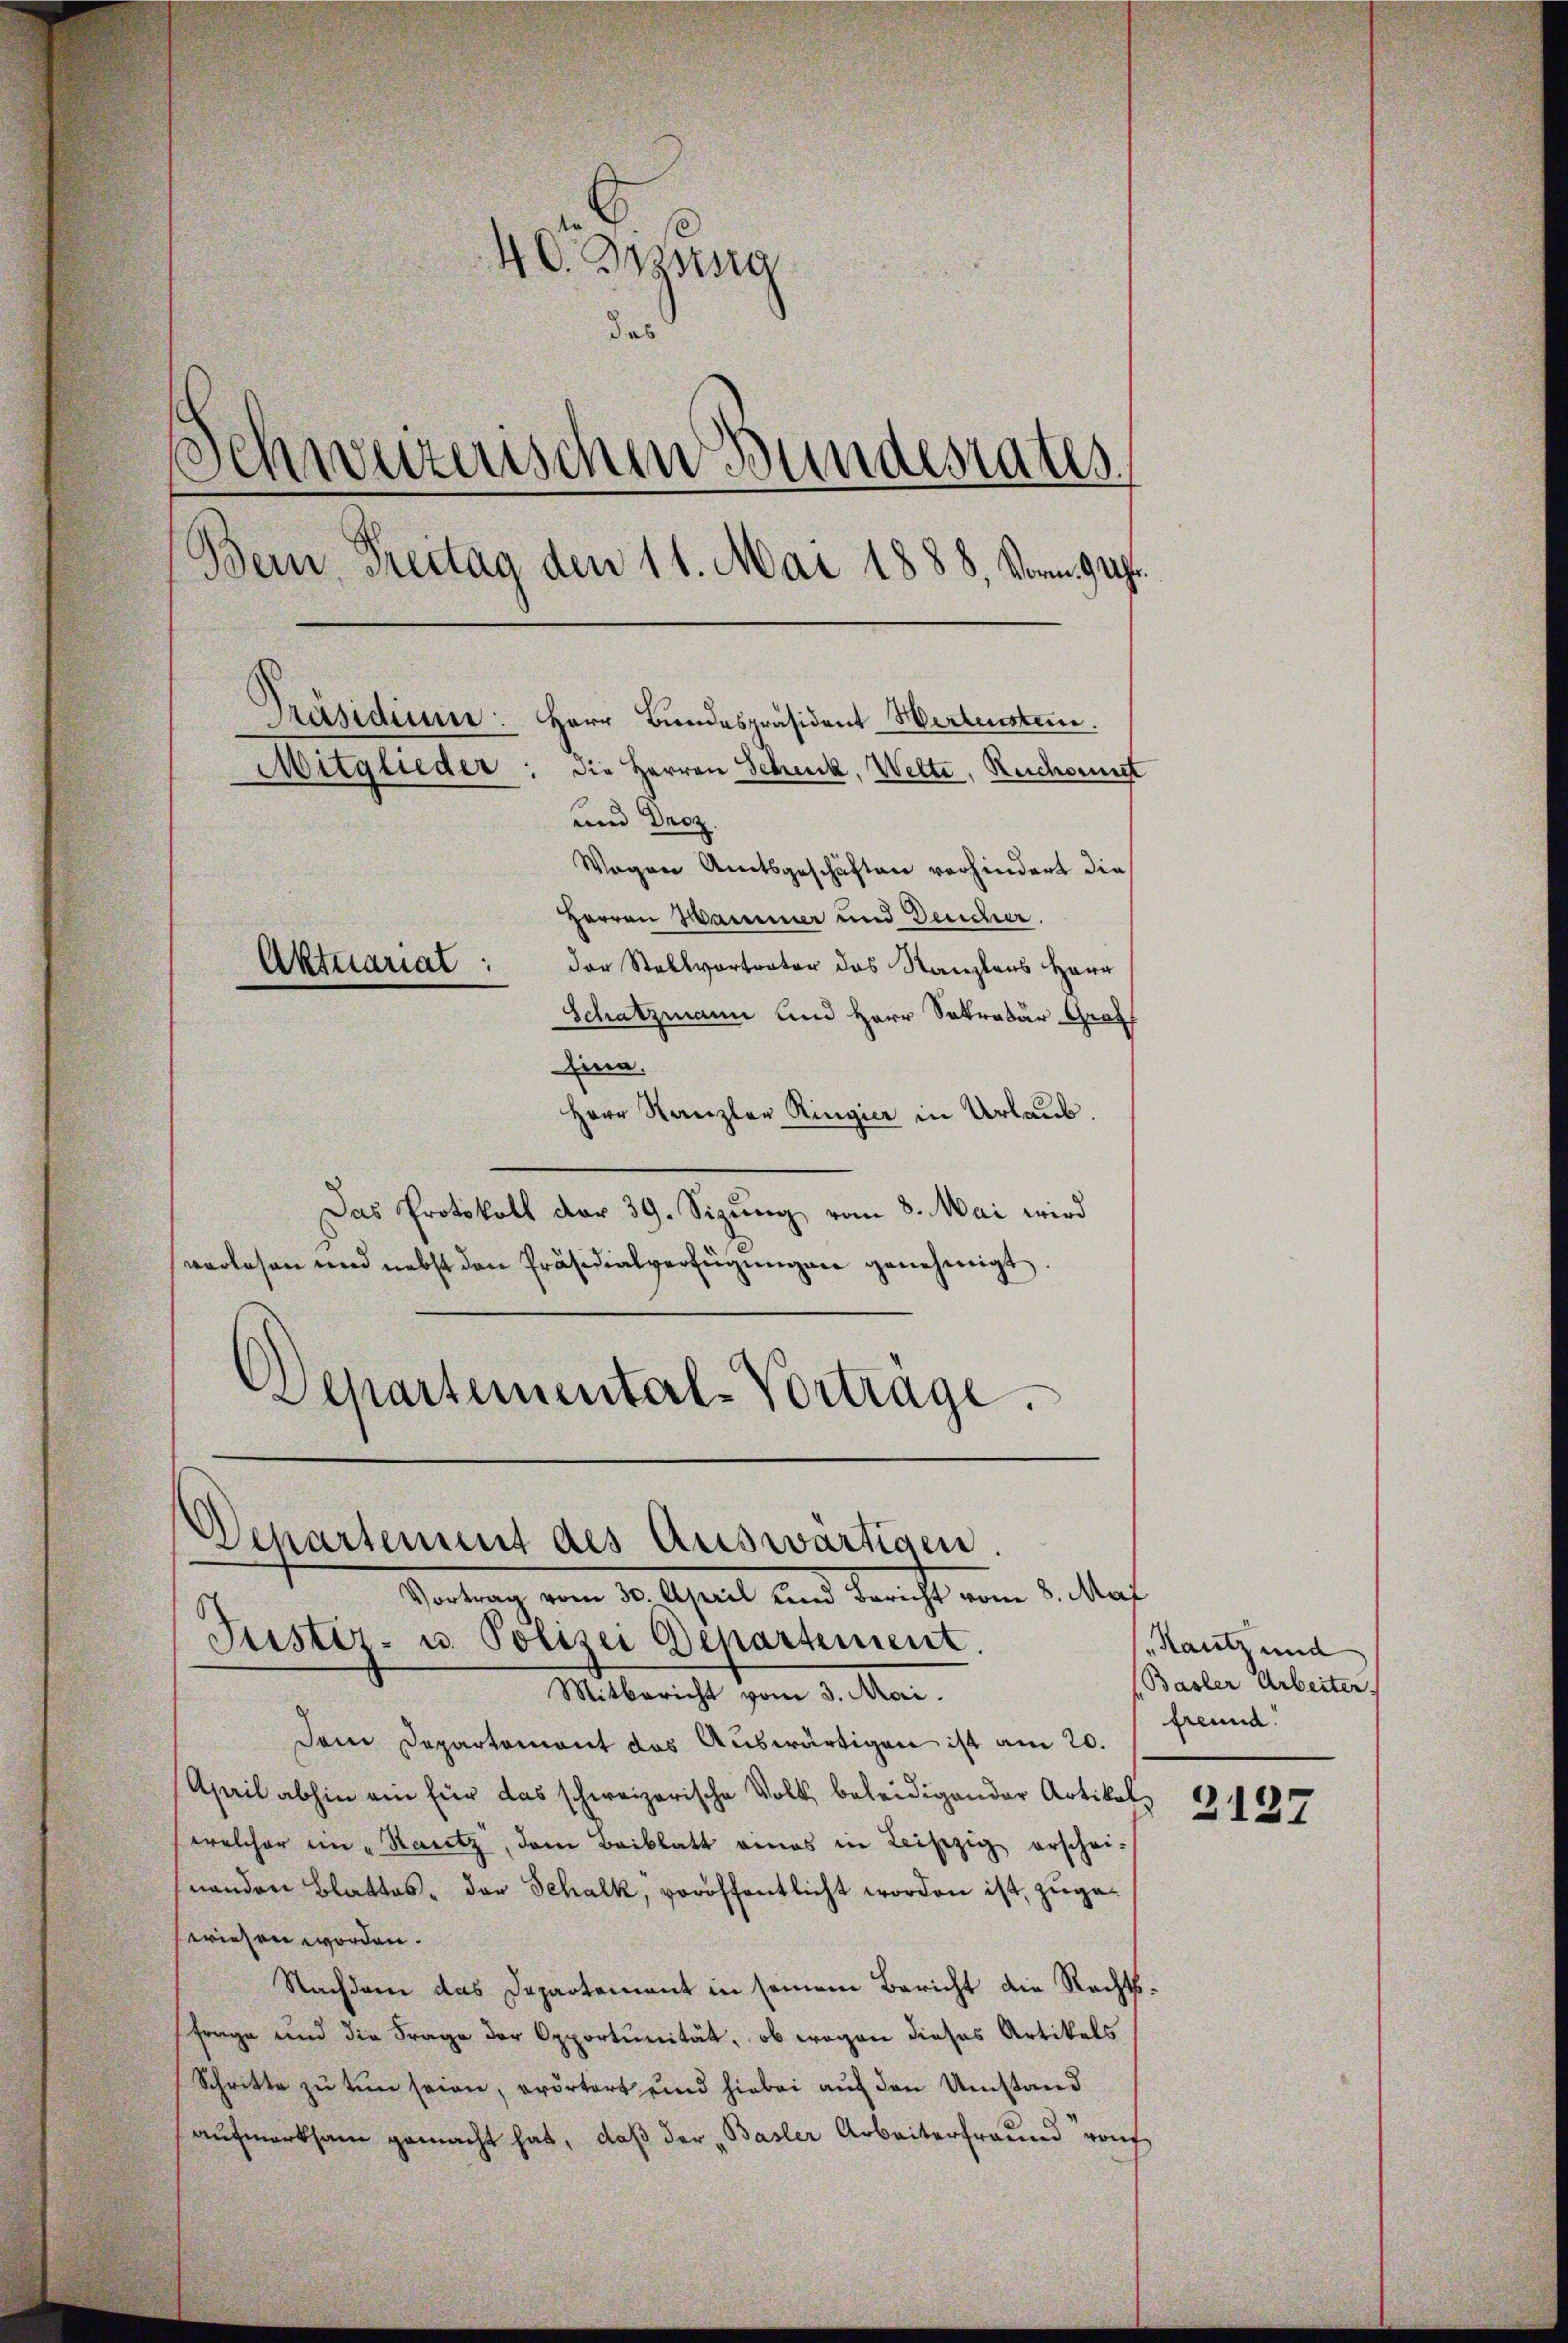
40. Beising
das
Schweizerischen Bundesrates.
Bern, Freitag den 11. Mai 1888, Vorm. 94.
Präsidium:
Herr Bundespräsident Wertenstein.
Mitglieder
die Herren Schenk, Wette, Reichsenst
und Droz
Wegen Amtsgeschäften vorhindert die
Herren Hammer und Deucher.
der Stellvortrater das Kanzlaus Herr
Aktuariat:
Schatzmann und Herr Sekretär Graf

Eina.
Herr Kanzler Ringier in Urlaub.
Das Protokoll der 39. Sizung vom 8. Mai wird
verlesen und nebst den Präsidialverfügungen genehmigt.
Departemental-Vortrage.

d
Departement des Auswärtigen.
Vertrag vom 10. April und daricht vom 2. Mat

Justiz- u. Polizei Departement.
Mitbericht vom 3. Mai.
Dem Departement das Auswärtigen ist am 20.
April abhin ein für das schweizerische Volk beleidigender Artikel
welcher ein „Stantz, dem Beiblatt eines in Leisezig erschei-
nanden Blattes, der Schalk, veröffentlicht worden ist, zugeerichen worden.
Nachdem das Departement in seinem Bericht die Rechtsfrage und die Frage der Opportunität, ob wegen dieses Artikels
Schritte zu tun seien, erörtert und hiebei auf den Umstand
aufmerksam gemacht hat, daß der „Basler Arbeiterfreund rauh

Rautz und
Basler Arbeiter
freund.
2137